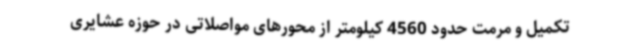
تکمیل و مرمت حدود 4560 کیلومتر از محورهای مواصلاتی در حوزه عشایری